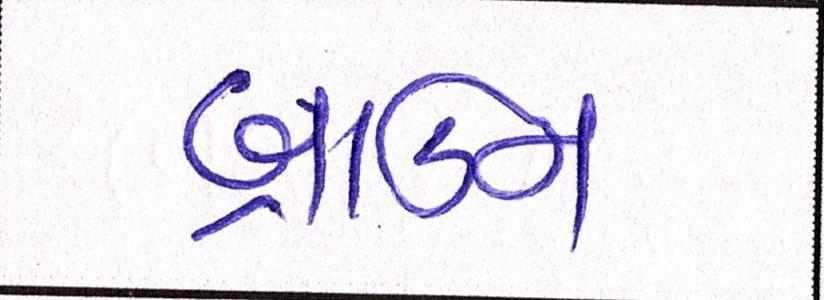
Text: બ્રાઉન